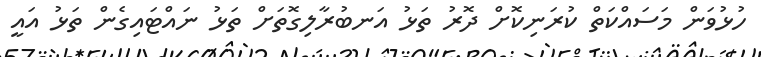
ހުޅުވަން މަސައްކަތް ކުރަނިކޮށް ދޮރުު ތަޅު އަނބުރާލިގޮތަށް ތަޅު ނައްޓައިގެން ތަޅު އައީ